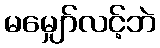
မမျှော်လင့်ဘဲ